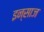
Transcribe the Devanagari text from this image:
इन्साज